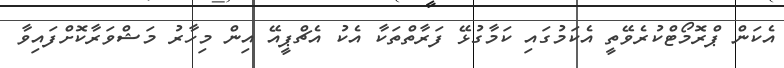
އެކަން ޕްރޮމޯޓްކުރެވޭތީ އެކަމުގައި ކަމާގުޅޭ ފަރާތްތަކާ އެކު އެޗްޕީއޭ އިން މިހާރު މަޝްވަރާކޮށްފައިވާ